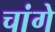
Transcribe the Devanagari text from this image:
चांगे